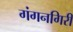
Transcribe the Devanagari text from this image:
गंगनगिरी